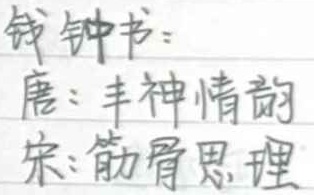
钱钟书：唐：丰神情韵；宋：筋骨思理